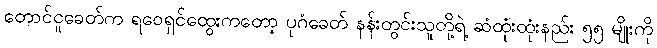
တောင်ငူခေတ်က ရဝေရှင်ထွေးကတော့ ပုဂံခေတ် နန်းတွင်းသူတို့ရဲ့ ဆံထုံးထုံးနည်း ၅၅ မျိုးကို